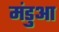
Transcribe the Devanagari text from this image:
मंडुआ